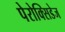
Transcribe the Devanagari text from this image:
पेरोक्सिडेज